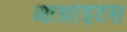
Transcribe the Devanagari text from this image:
आर्थ्राइटस